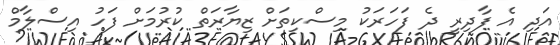
އަދި އެ ފާދިރީ ދެ ފަހަރަކު މިސްކިތަށް ޒިޔާރަތް ކުރުމަށް ފަހު އިސްލާމް